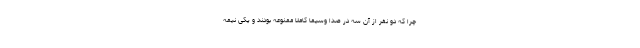
چرا که دو نفر از آن سه در صدا وسیما کاملا ممنوعه بودند و یکی نیمه